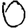
Digit: 0